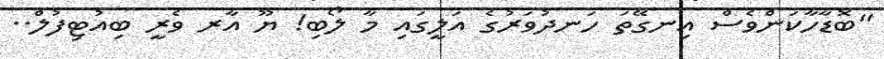
"ބޮޑާހާކަންވެސް އިނގޭތަ ހަނދުވަރުގެ އަލީގައި މާ ލޯބި! ޔޫ އާރ ވެރީ ބިއުޓިފުލް..